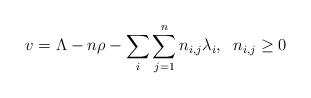
LaTeX: \begin{align*}v=\Lambda-n\rho-\sum_{i}\sum_{j=1}^{n}n_{i,j}\lambda_{i},\;\;n_{i,j}\geq 0\end{align*}